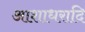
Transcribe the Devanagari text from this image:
आशाधरादि